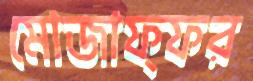
মোজাফ্ফর